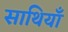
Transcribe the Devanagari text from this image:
साथियाँ